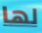
لها